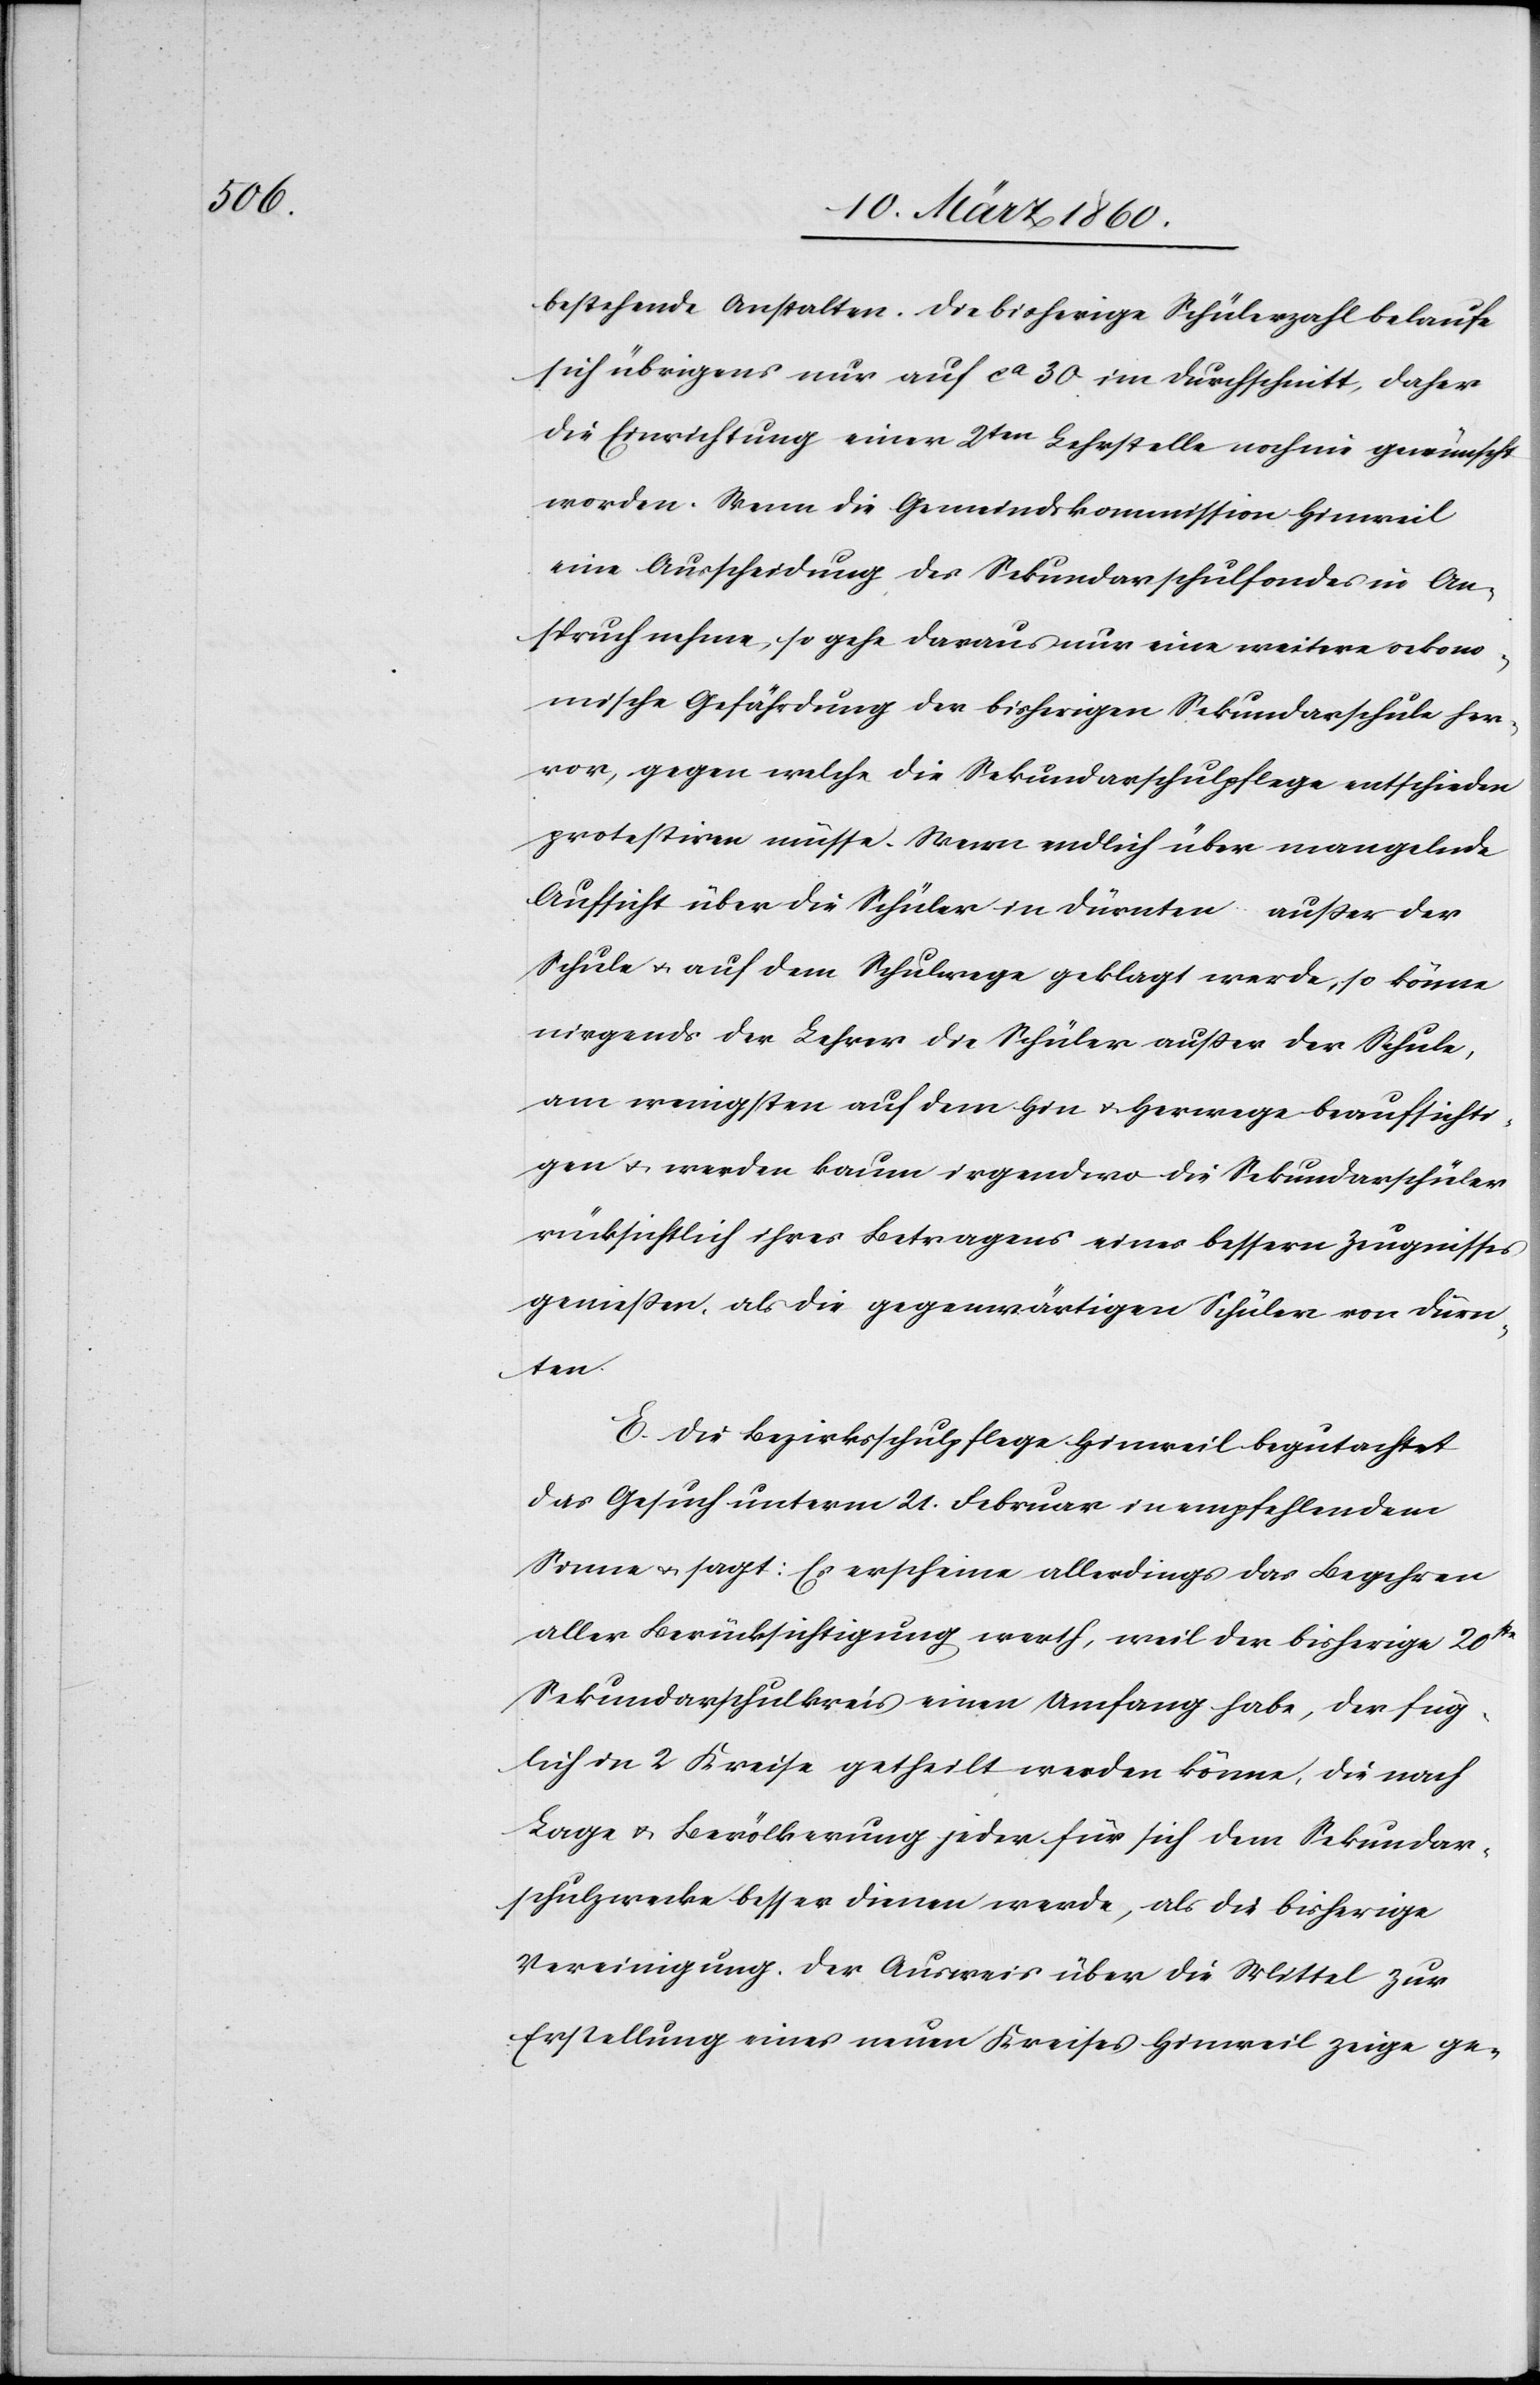
bestehende Anstalten. Die bisherige Schülerzahl belaufe
sich übrigens nur auf ca 30 im Durchschnitt, daher
die Einrichtung einer 2ten Lehrstelle noch nie gewünscht
worden. Wenn die Gemeindskommission Hinweil
eine Ausscheidung des Sekundarschulfondes in An¬
spruch nehme, so gehe daraus nur eine weitere oekono¬
mische Gefährdung der bisherigen Sekundarschule her¬
vor, gegen welche die Sekundarschulpflege entschieden
protestiren müsse. Wenn endlich über mangelnde
Aufsicht über die Schüler in Dürnten ausser der
Schule u. auf dem Schulwege geklagt werde, so könne
nirgends der Lehrer die Schüler ausser der Schule,
am wenigsten auf dem Hin u. Herwege beaufsichti¬
gen u. werden kaum irgendwo die Sekundarschüler
rücksichtlich ihres Betragens eines bessern Zeugnisses
genießen, als die gegenwärtigen Schüler von Dürn¬
ten.
E. Die Bezirksschulpflege Hinweil begutachtet
das Gesuch unterm 21. Februar in empfehlendem
Sinne u. sagt: Es erscheine allerdings das Begehren
aller Berücksichtigung werth, weil der bisherige 20ste
Sekundarschulkreis einen Umfang habe, der füg¬
lich in 2 Kreise getheilt werden könne, die nach
Lage u. Bevölkerung jeder für sich dem Sekundar¬
schulzwecke besser dienen werde, als die bisherige
Vereinigung. Der Ausweis über die Mittel zur
Erstellung eines neuen Kreises Hinweil zeige ge-